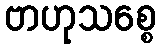
ဗာဟုသစ္စေ